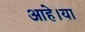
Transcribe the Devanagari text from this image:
आहे।या